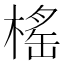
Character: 榣